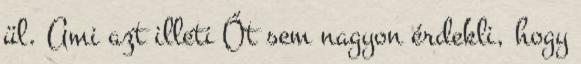
ül. Ami azt illeti Őt sem nagyon érdekli, hogy